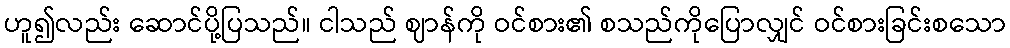
ဟူ၍လည်း ဆောင်ပို့ပြသည်။ ငါသည် ဈာန်ကို ဝင်စား၏ စသည်ကိုပြောလျှင် ဝင်စားခြင်းစသော